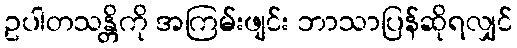
ဥပါတသန္တိကို အကြမ်းဖျင်း ဘာသာပြန်ဆိုရလျှင်